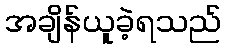
အချိန်ယူခဲ့ရသည်